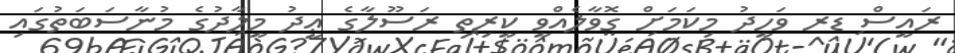
ރައީސް ޑރ ވަހީދު މިކަމަށް ގޮވާލެއްވީ ކީރިތި ރަސޫލާގެ ޢީދު މީލާދުގެ މުނާސަބަތުގައި